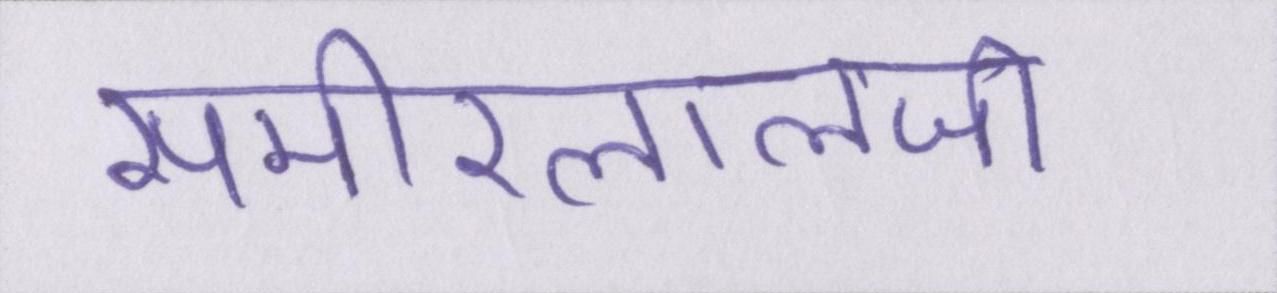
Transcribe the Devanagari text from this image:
समीरलालजी